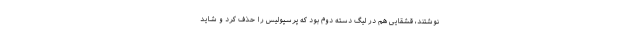
نوشتند، قشقایی هم در لیگ دسته دوم بود که پرسپولیس را حذف کرد و شاید